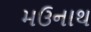
મઉનાથ